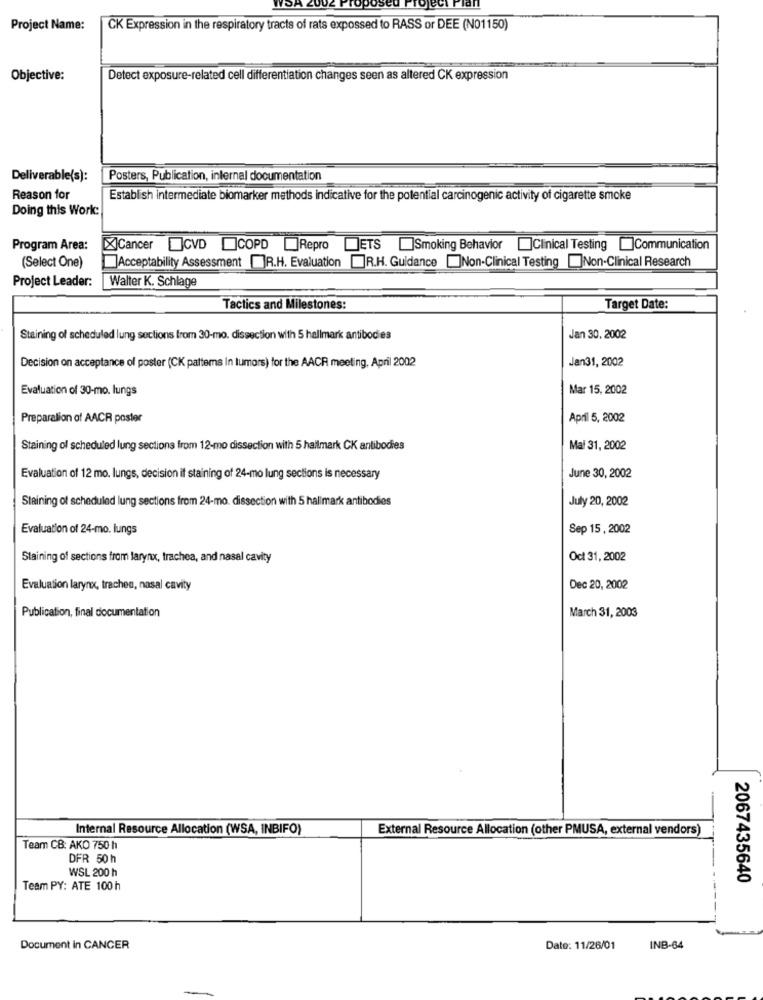
Project Name:
CK Expression in the respiratory tracts of rats expossed to RASS or DEE (N01150)
Objective:
Detect exposure-related cell differentiation changes seen as altered CK expression
Deliverable(s):
Posters, Publication, internal documentation
Reason for
Establish intermediate biomarker methods indicative for the potential carcinogenic activity of cigarette smoke
Doing this World:
Program Area:
XCancer CVD COPD Repro ETS ]Smoking Behavior
Clinical Testing Communication
Acceptability Assessment []R.H. Evaluation R.H. Guidance []Non-Clinical Testing Non-Clinical Research
(Select One)
Project Leader:
Walter K. Schlage
Tactics and Milestones:
Target Date:
Staining of scheduled lung sections from 30-mo. dissection with 5 hallmark antibodies
Jan 30, 2002
Jan31, 2002
Decision on acceptance of poster (CK patterns In tumors) for the AACR meeting, April 2002
Evaluation of 30-mo. lungs
Mar 15, 2002
Preparation of AACR poster
April 5, 2002
Staining of scheduled lung sections from 12-mo dissection with 5 hallmark CK antibodies
Mal 31, 2002
June 30, 2002
Evaluation of 12 mo. lungs, decision if staining of 24-mo lung sections is necessary
Staining of scheduled lung sections from 24-mo. dissection with 5 hallmark antibodies
July 20, 2002
Evaluation of 24-mo. lungs
Sep 15, 2002
Staining of sections from larynx, trachea, and nasal cavity
Oct 31, 2002
Evaluation larynx, trachea, nasal cavity
Dec 20, 2002
Publication, final documentation
March 31, 2003
Internal Resource Allocation (WSA, INBIFO)
External Resource Allocation (other PMUSA, external vendors)
Team CB: AKO 750 h
DFR 50 h
WSL 200 h
2067435640
Team PY: ATE 100 h
Document in CANCER
Date: 11/26/01
INB-64